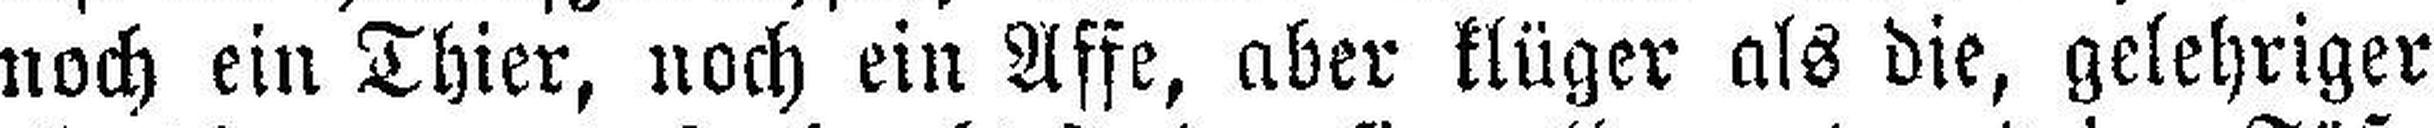
noch ein Thier, noch ein Affe, aber klüger als die, gelehriger